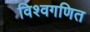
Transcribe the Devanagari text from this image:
विश्वगणित